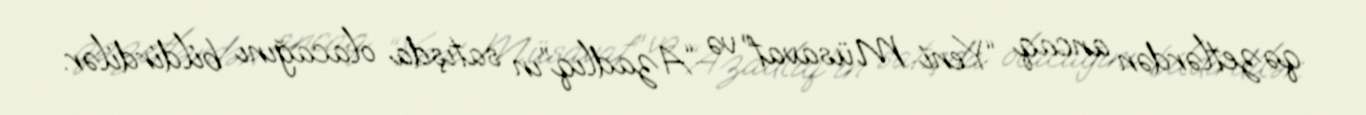
qəzetlərdən ancaq “Yeni Müsavat” və “Azadlıq”ın satışda olacağını bildirdilər.